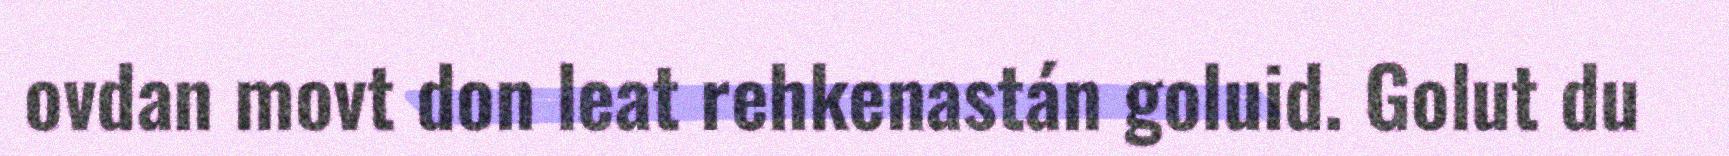
ovdan movt don leat rehkenastán goluid. Golut du